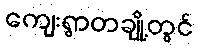
ကျေးရွာတချို့တွင်